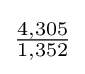
{\tfrac {4,305}{1,352}}